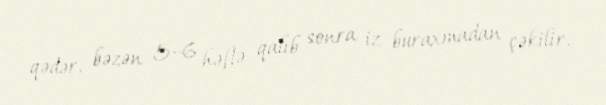
qədər, bəzən 5–6 həftə qalıb sonra iz buraxmadan çəkilir.